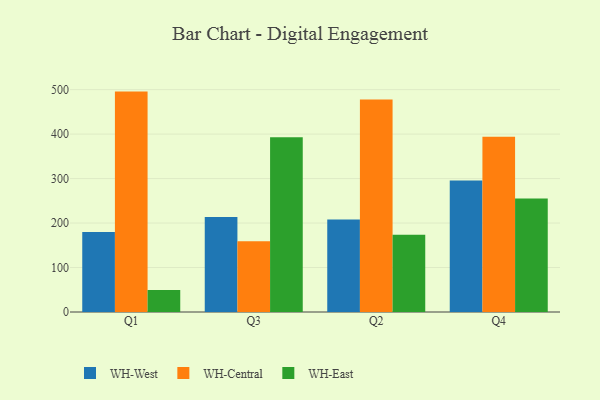
{"axis": {"x": "Quarter", "y": "Bounce Rate (%)"}, "legend": ["WH-Central", "WH-East", "WH-West"], "data": [{"x": "Q1", "y": 179.9, "type": "WH-West"}, {"x": "Q1", "y": 495.6, "type": "WH-Central"}, {"x": "Q1", "y": 49.7, "type": "WH-East"}, {"x": "Q3", "y": 213.7, "type": "WH-West"}, {"x": "Q3", "y": 158.9, "type": "WH-Central"}, {"x": "Q3", "y": 392.9, "type": "WH-East"}, {"x": "Q2", "y": 208.1, "type": "WH-West"}, {"x": "Q2", "y": 478.0, "type": "WH-Central"}, {"x": "Q2", "y": 173.7, "type": "WH-East"}, {"x": "Q4", "y": 295.7, "type": "WH-West"}, {"x": "Q4", "y": 394.1, "type": "WH-Central"}, {"x": "Q4", "y": 255.4, "type": "WH-East"}]}